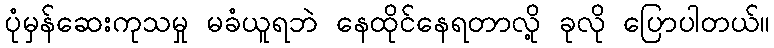
ပုံမှန်ဆေးကုသမှု မခံယူရဘဲ နေထိုင်နေရတာလို့ ခုလို ပြောပါတယ်။